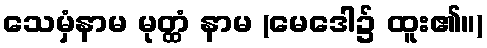
သေမှံနာမ မုတ္ထံ နာမ (မေဒေါ၌ ထူး၏။)